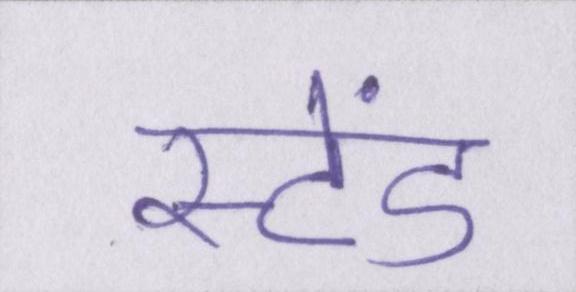
स्टेंड